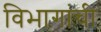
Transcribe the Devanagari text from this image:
विभागांंची